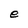
Character: e